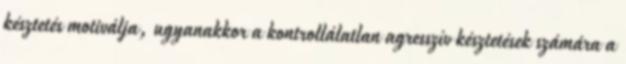
késztetés motiválja, ugyanakkor a kontrollálatlan agresszív késztetések számára a